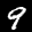
Label: 9